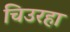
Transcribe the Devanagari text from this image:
चिउरहा